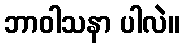
ဘာဝါသနာ ပါလဲ။